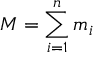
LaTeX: M = \sum _ { i = 1 } ^ { n } m _ { i }